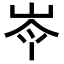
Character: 𡷉